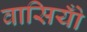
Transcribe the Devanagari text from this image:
वासियोँ